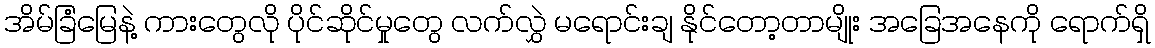
အိမ်ခြံမြေနဲ့ ကားတွေလို ပိုင်ဆိုင်မှုတွေ လက်လွှဲ မရောင်းချ နိုင်တော့တာမျိုး အခြေအနေကို ရောက်ရှိ